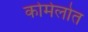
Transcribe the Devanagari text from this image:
कोमेलोत